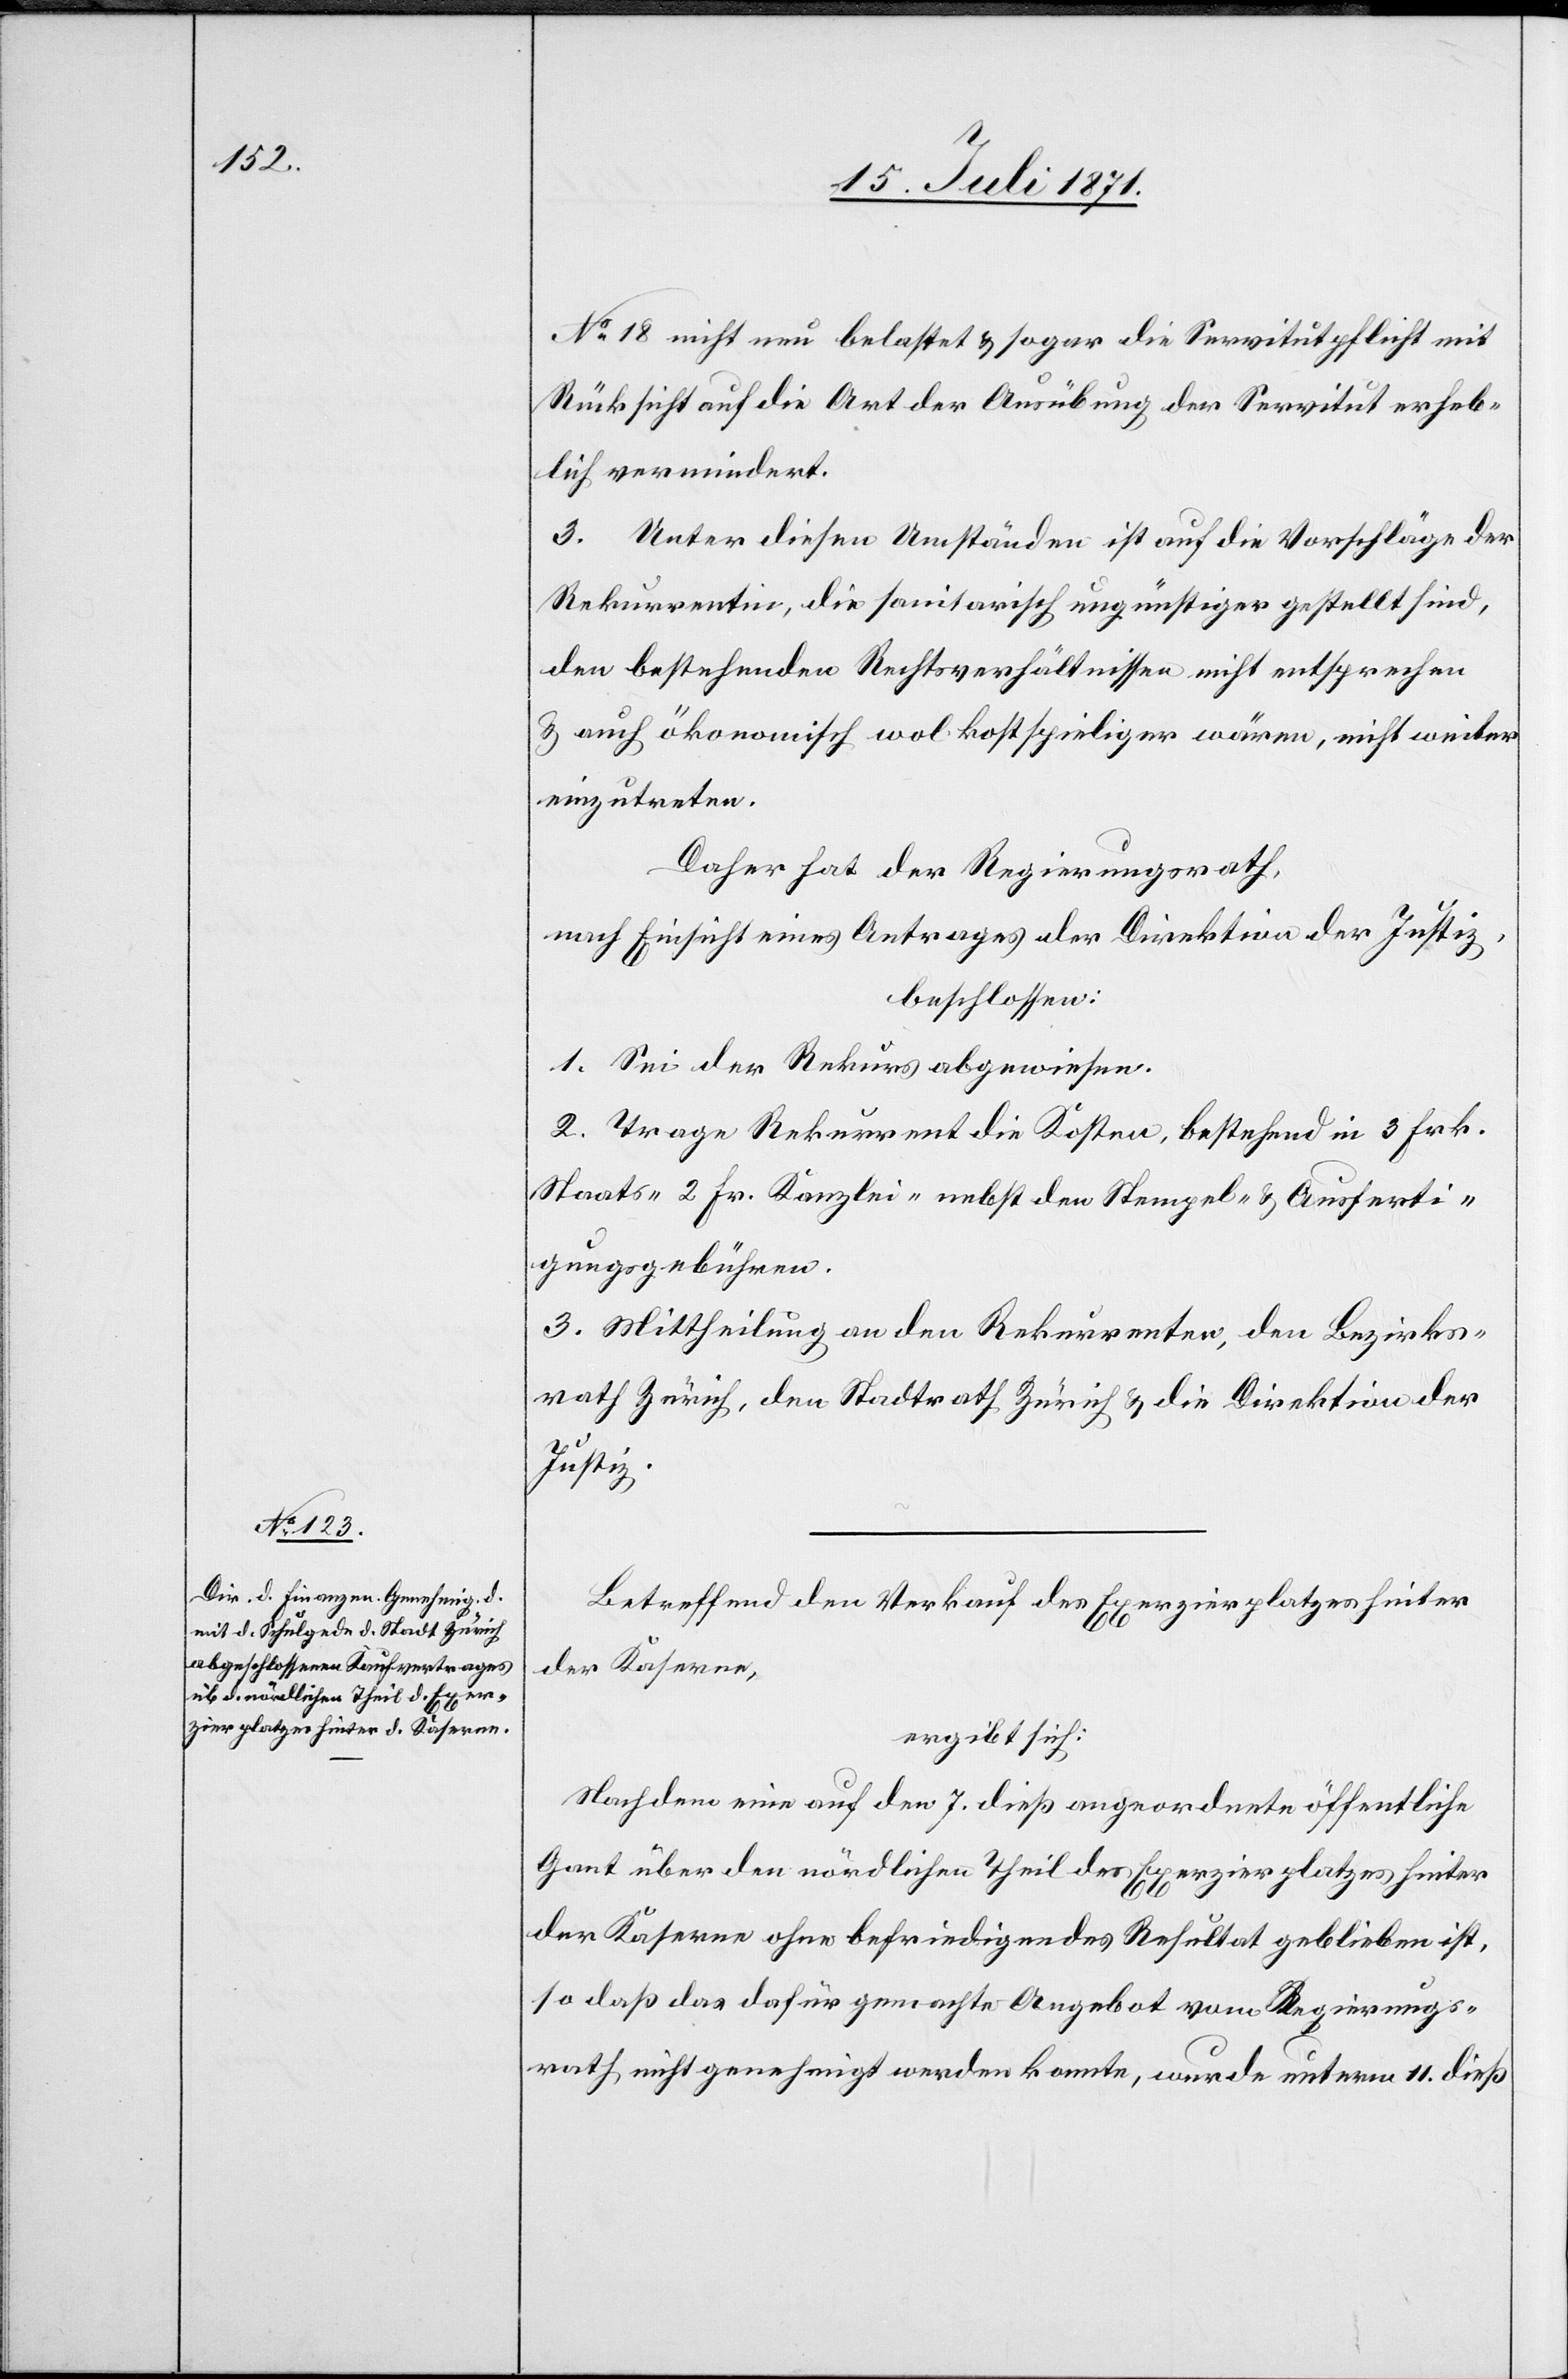
No. 18 nicht neu belastet u. sogar die Servitutpflicht mit
Rücksicht auf die Art der Ausübung der Servitut erheb¬
lich vermindert.
3. Unter diesen Umständen ist auf die Vorschläge der
Rekurrentin, die sanitarisch ungünstiger gestellt sind,
den bestehenden Rechtsverhältnissen nicht entsprechen
u. auch ökonomisch wol kostspieliger wären, nicht weiter
einzutreten.
Daher hat der Regierungsrath,
nach Einsicht eines Antrages der Direktion der Justiz,
beschlossen:
1. Sei der Rekurs abgewiesen.
2. Trage Rekurrent die Kosten, bestehend in 3 Frk.
Staats- 2 Fr. Kanzlei- nebst den Stempel- u. Ausferti¬
gungsgebühren.
3. Mittheilung an den Rekurrenten, den Bezirks¬
rath Zürich, den Stadtrath Zürich u. die Direktion der
Justiz.
Betreffend den Verkauf des Exerzierplatzes hinter
der Kaserne,
ergibt sich:
Nachdem eine auf den 7. dieß angeordnete öffentliche
Gant über den nördlichen Theil des Exerzierplatzes hinter
der Kaserne ohne befriedigendes Resultat geblieben ist,
so daß das dafür gemachte Angebot vom Regierungs¬
rath nicht genehmigt werden konnte, wurde unterm 11. dieß